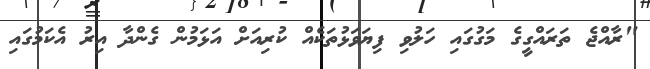
"ރާއްޖެ ތަރައްގީގެ މަގުގައި ހަލުވި ފިޔަވަޅުތަކެއް ކުރިއަށް އަޅަމުން ގެންދާ އިރު އެކަމުގައި